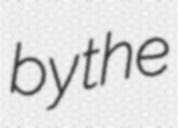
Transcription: by the